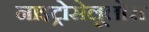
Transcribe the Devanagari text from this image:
नाइट्रोसेलूलोस